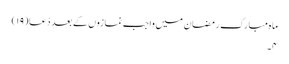
ماہ مبارک رمضان میں واجب نمازوں کے بعد دُعا(۱۹)
۴۔